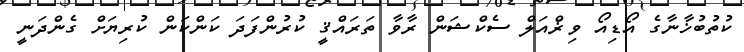
ކުތުބުޚާނާގެ އޯޑިއޯ ވިޜްއަލް ސެކްޝަން ރާވާ ތަރައްޤީ ކުރުންފަދަ ކަންކަން ކުރިޔަށް ގެންދަނީ